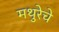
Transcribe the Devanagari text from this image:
मथुरेचे